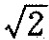
(2)求取到的两点间的距离为 $$2 \sqrt{2}$$ 的概率；